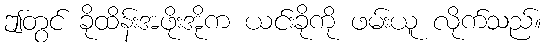
ဤတွင် ခိုထိန်းအဖိုးအိုက ယင်းခိုကို ဖမ်းယူ လိုက်သည်။